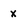
Character: x